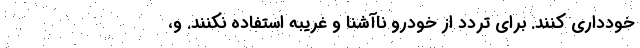
خودداری کنند. برای تردد از خودرو ناآشنا و غریبه استفاده نکنند. و،